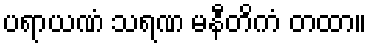
ပရာယဏံ သရဏ မနီတိကံ တထာ။